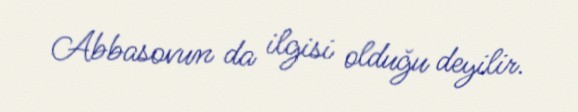
Abbasovun da ilgisi olduğu deyilir.